Report on vaccination in Madras 1895-1903 - 1895-1903
Year: 1895
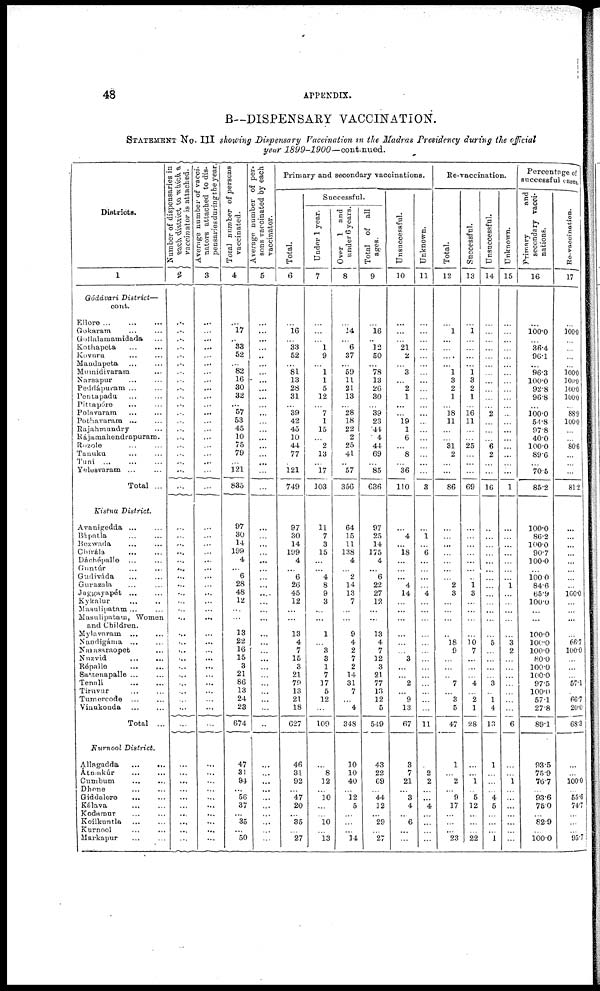
48
APPENDIX.
B--DISPENSARY VACCINATION.
STATEMENT No. III showing Dispensary Vaccination in the Madras Presidency during the official
year 1899-1900—continued.
Districts.
1
Gódávari
District—
cont.
Ellore
...
...
...
Gokaram ... ...
Gollalaniamidada ...
Kothapeta
...
...
Kovuru ... ... ...
Mandapeta ... ... ...
Mumidivaram ... ...
Narsapur ... ... ...
Peddápuram ... ...
Pontapadu ... ...
Pittapóre ... ...
Polnvaram ... ...
Pothavaram ... ...
Rajahmundry ...
Rajamahendrapuram.
Rozole ... ...
Tanuku ... ...
Tuni
...
...
...
Yelesvaram ... ...
Total ...
Kistna
District.
Avanigedda ... ...
Bápatla ... ...
Bezwada ... ...
Chírála ... ...
Dáohépalle ... ...
Guntúr ... ...
Gudiváda ... ...
Guvazala ... ...
Jaggayapét
...
...
Kykalur ... ...
Masulipatam ... ...
Masulipatam, Women
and Children.
Mylavnram ... ...
Nandigáma ... ...
Narasaraopet ...
Nuzvid
...
...
Répalle
...
...
Sattenapalle ... ...
Tenali
...
...
Tiruvur ... ...
Tumercode ... ...
Vinukonda
...
...
Total ...
Kurnool
District.
Allagadda
...
...
Átmakúr ... ...
Cumbum ... ...
Dhone ... ...
Giddalore
...
...
Kálava ... ...
Kodarour ... ...
Koilkuntla ... ...
Kurnool ... ...
Markapur ... ...
Number of dispensaries in
vaccinator is attached.
2
...
...
...
...
...
...
...
...
...
...
...
...
...
...
...
...
...
...
...
...
...
...
...
...
...
...
...
...
...
...
...
...
...
...
...
...
...
...
...
...
...
...
...
...
...
...
...
...
...
...
...
...
...
Average number of vacci-
nators attached to dis-
pensaries during the year.
3
...
...
...
...
...
...
...
...
...
...
...
...
...
...
...
...
...
...
...
...
...
...
...
...
...
...
...
...
...
...
...
...
...
...
...
...
...
...
...
...
...
...
...
...
...
...
...
...
...
...
...
...
...
T otal number of persons
vaccinated.
4
...
17
...
33
52
...
82
16
30
32
...
57
53
45
10
75
79
...
121
835
97
30
14
199
4
...
6
28
48
12
...
...
13
22
16
15
3
21
86
13
24
23
674
47
31
94
...
56
37
...
35
...
50
Average number of per-
sons vaccinated by each
vaccinator.
5
...
...
...
...
...
...
...
...
...
...
...
...
...
...
...
...
...
...
...
...
...
...
...
...
...
...
...
...
...
...
...
...
...
...
...
...
...
...
...
...
...
...
...
...
...
...
...
...
...
...
...
...
...
Primary and secondary vaccinations.
Total.
6
...
16
...
33
52
...
81
13
28
31
...
39
42
45
10
44
77
...
121
749
97
30
14
199
4
...
6
26
45
12
...
...
13
4
7
15
3
21
79
13
21
18
627
46
31
92
...
47
20
...
35
...
27
Successful.
Under 1 year.
7
...
...
...
1
9
...
1
1
5
12
...
7
1
15
...
2
13
...
l7
103
11
7
3
15
...
...
4
8
9
3
...
...
1
...
3
3
1
7
17
5
12
...
109
...
8
12
...
10
...
...
10
...
13
Over 1 and
under 6 years.
8
...
14
...
6
37
...
59
11
21
13
...
28
18
22
2
25
41
...
57
356
64
15
11
138
4
...
2
14
13
7
...
...
9
4
2
7
2
14
31
7
...
4
348
10
10
40
...
12
5
...
...
...
14
Total of all
ages.
9
...
16
...
12
50
...
78
13
26
30
...
39
23
44
4
44
69
...
85
636
97
25
14
175
4
...
6
22
27
12
...
...
13
4
7
12
3
21
77
13
12
5
549
43
22
69
...
44
12
...
29
...
27
Unsuccessful.
10
...
...
...
21
2
...
3
...
2
1
...
...
19
1
6
...
8
...
36
110
...
4
...
18
...
...
...
4
14
...
...
...
...
...
...
3
...
...
2
...
9
13
67
3
7
21
...
3
4
...
6
...
...
Unknown.
11
...
...
...
...
...
...
...
...
...
...
...
...
...
...
...
...
...
...
...
3
...
1
...
6
...
...
...
...
4
...
...
...
...
...
...
...
...
...
...
...
...
...
11
...
2
2
...
...
4
...
...
...
...
Re-vaccination.
Total.
12
...
1
...
...
....
...
1
3
2
1
...
18
11
...
...
31
2
...
...
86
...
...
...
...
...
...
...
2
3
...
...
...
...
l8
9
...
...
...
7
...
8
5
47
1
...
2
...
9
17
...
...
...
23
Successful.
13
...
1
...
...
...
...
1
3
2
1
...
16
11
...
...
25
...
...
...
69
...
...
...
...
...
...
...
1
3
...
...
...
...
10 7
...
...
...
4
...
2
1
28
...
...
1
...
5
12
...
...
...
22
Unsuccessful.
14
...
...
...
...
...
...
...
...
...
...
...
2
...
...
...
6 2
...
...
16
...
...
...
...
...
...
...
...
...
...
...
...
...
5
...
...
...
...
3
...
1
4
13
1
...
...
...
4
5
...
...
...
1
Unknown.
15
...
...
...
...
...
...
...
...
...
...
...
...
...
...
...
...
...
...
...
1
...
...
...
...
...
...
...
1
...
...
...
...
...
3
2
...
...
...
...
...
...
...
6
...
...
1
...
...
...
...
...
...
...
Percentage of
successful cases.
Primary
and
secondary vacci-
nations.
16
...
100.0
...
36.4
96.1
...
96.3
100.0
92.8
96.8
...
100.0
54.8
97.8
40.0
100.0
89.6
...
70.5
85.2
100.0
86.2
100.0
90.7
100.0
...
100.0
84.6
65.9
100.0
...
...
100.0
100.0
100.0
80.0
100.0
100.0
97.5
100.0
57.1
27.8
89.1
93.5
75.9
76.7
...
93.6
75.0
...
82.9
...
100.0
Re-vaccination.
17
...
100.0
...
...
...
...
100.0
100.0
100.0
100.0
...
88.9
100.0
...
...
80.6
...
...
...
81.2
...
...
...
...
...
...
...
...
100.0
...
...
...
...
66.7
100.0
...
...
...
67.1
...
66.7
20.0
68.3
...
...
100.0
...
55.6
74.7
...
...
...
95.7